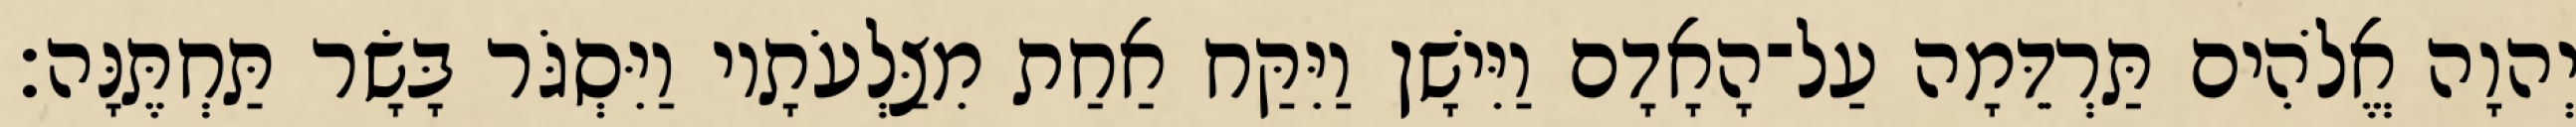
יְהוָה אֱלֹהִים תַּרְדֵּמָה עַל־הָאָדָם וַיִּישָׁן וַיִּקַּח אַחַת מִצַּלְעֹתָיו וַיִּסְגֹּר בָּשָׂר תַּחְתֶּנָּה׃